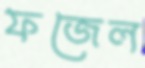
ফজেল